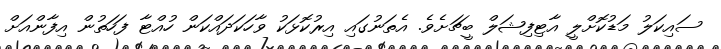
ސައިކަލު މަޑުކޮށްލީ އާޓިފިޝަލް ބީޗަށެވެ. އެތަނުގައި އިރުކޮޅަކު ވާހަކަދައްކަން ހުއްޓާ ފަހަތުން އިފާންއަށް